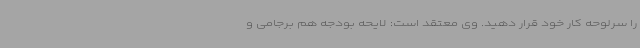
را سرلوحه کار خود قرار دهید. وی معتقد است: لایحه بودجه هم برجامی و